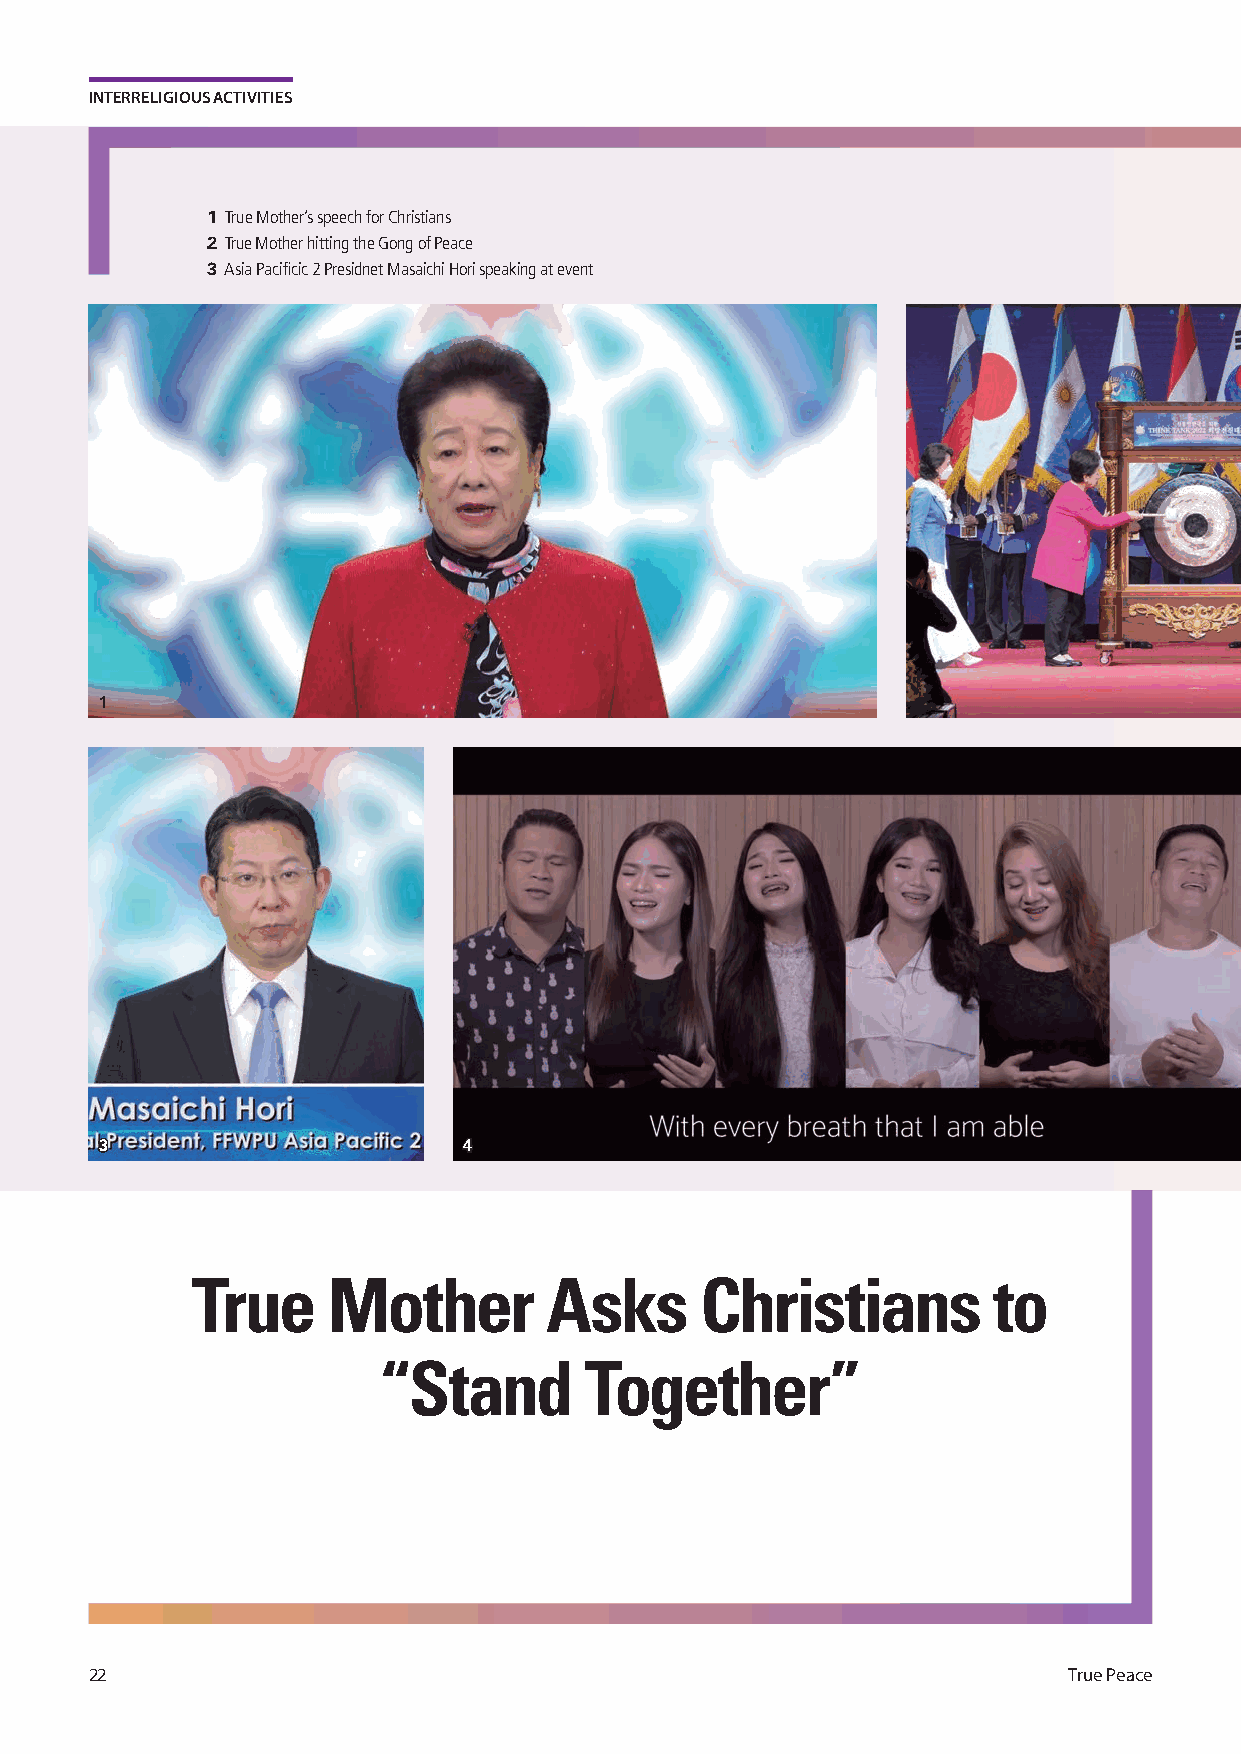
INTERRELIGIOUS ACTIVITIES
 1 T rue Mother’s speech for Christians
 2 T rue Mother hitting the Gong of Peace
 3 Asia Pacificic 2 Presidnet Masaichi Hori speaking at event
 1                                                     2222
 33                      44
 True     Mother        Asks      Christians          to
 “Stand        Together”
 22                                                               True Peace